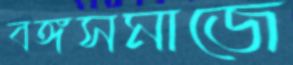
বঙ্গসমাজে